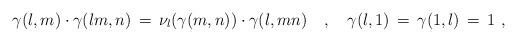
LaTeX: \begin{align*} \gamma(l,m) \cdot \gamma(lm,n) \, = \, \nu_l(\gamma(m,n)) \cdot \gamma(l,mn) \ \ \ , \ \ \ \gamma(l,1) \, = \, \gamma(1,l) \, = \, 1 \ , \end{align*}